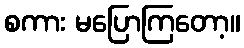
စကား မပြောကြတော့။